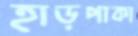
হাড়পাকা